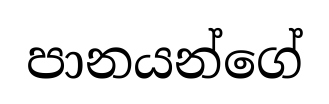
පානයන්ගේ